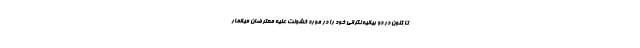
تا کنون در دو بیانیه نگرانی خود را در مورد خشونت علیه معترضان میانمار